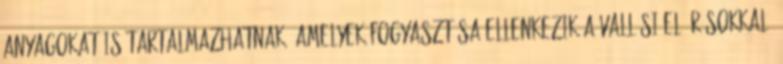
anyagokat is tartalmazhatnak, amelyek fogyasztása ellenkezik a vallási előírásokkal.